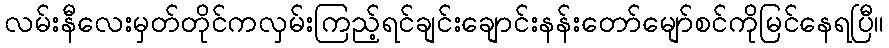
လမ်းနီလေးမှတ်တိုင်ကလှမ်းကြည့်ရင်ချင်းချောင်းနန်းတော်မျော်စင်ကိုမြင်နေရပြီ။